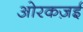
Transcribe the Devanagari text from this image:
ओरकज़ई